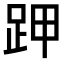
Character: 𧿵